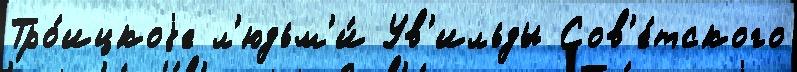
Тро́ицкоjе л'юдьм'и́ Ув'ильды Сов'е́тского